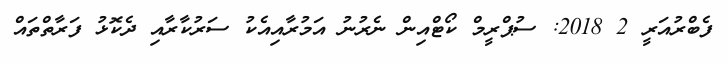
ފެބްރުއަރީ 2 2018: ސުޕްރީމް ކޯޓްއިން ނެރުނު އަމުރާއިއެކު ސަރުކާރާއި ދެކޮޅު ފަރާތްތައް